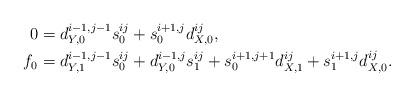
LaTeX: \begin{align*}0&=d_{Y,0}^{i-1,j-1}s_{0}^{ij}+s_{0}^{i+1,j}d_{X,0}^{ij},\\f_{0}&=d_{Y,1}^{i-1,j-1}s_{0}^{ij}+ d_{Y,0}^{i-1,j}s_{1}^{i j}+s_{0}^{i+1,j+1}d_{X,1}^{ij}+s_{1}^{i+1,j}d_{X,0}^{ij}.\end{align*}